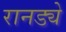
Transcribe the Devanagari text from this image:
रानड्ये